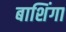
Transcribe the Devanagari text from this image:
बाशिंगा